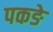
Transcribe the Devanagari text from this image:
पकङे